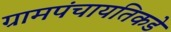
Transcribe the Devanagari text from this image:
ग्रामपंचायतिकडे